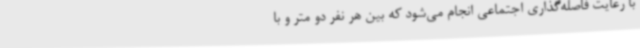
با رعایت فاصله‌گذاری اجتماعی انجام می‌شود که بین هر نفر دو متر و با